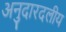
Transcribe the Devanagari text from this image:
अनुदारदलीय